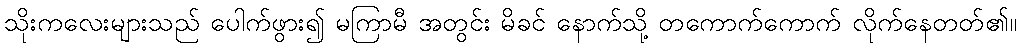
သိုးကလေးများသည် ပေါက်ဖွား၍ မကြာမီ အတွင်း မိခင် နောက်သို့ တကောက်ကောက် လိုက်နေတတ်၏။